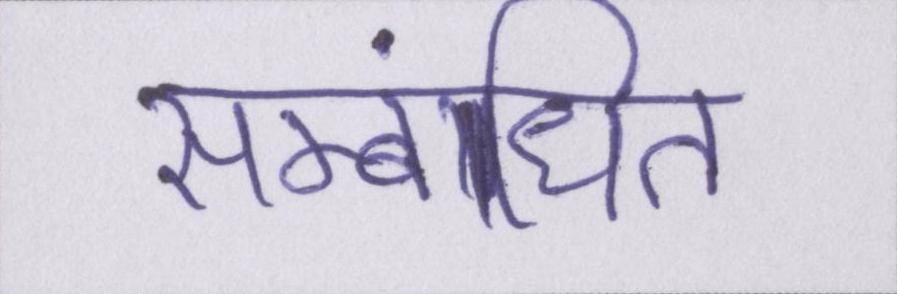
सम्बंधित